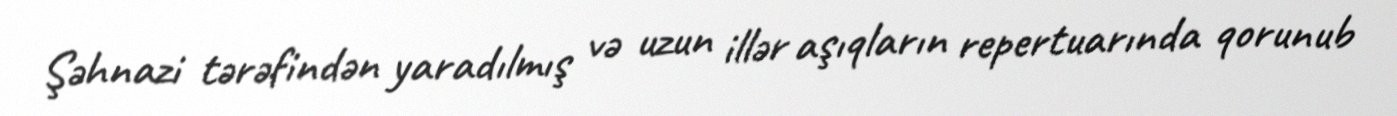
Şəhnazi tərəfindən yaradılmış və uzun illər aşıqların repertuarında qorunub